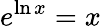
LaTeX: e^{\ln x}=x